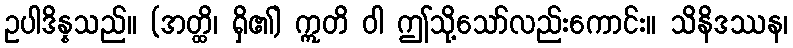
ဥပါဒိန္နသည်။ (အတ္ထိ၊ ရှိ၏) ဣတိ ဝါ ဤသို့သော်လည်းကောင်း။ သိနိဒဿန၊